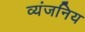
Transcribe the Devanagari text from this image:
व्यंजनिय